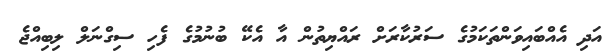
އަދި އެއްބައިވަންތަކަމުގެ ސަރުކާރަށް ރައްޔިތުން އާ އެކޭ ބުނުމުގެ ފެހި ސިގްނަލް ލިބިއްޖެ